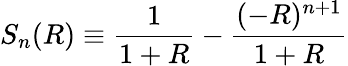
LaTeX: S_{n}(R)\equiv\frac{1}{1+R}-\frac{(-R)^{n+1}}{1+R}